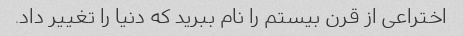
اختراعی از قرن بیستم را نام ببرید که دنیا را تغییر داد.